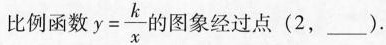
比例函数$$y = \frac{k}{x}$$的图象经过点(2，___).